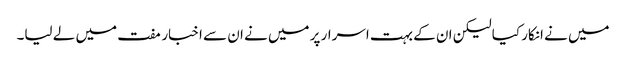
میں نے انکار کیا لیکن ان کے بہت اسرار پر میں نے ان سے اخبار مفت میں لے لیا۔